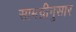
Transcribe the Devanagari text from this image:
सामग्रीनुसार